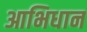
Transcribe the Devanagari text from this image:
आभिधान